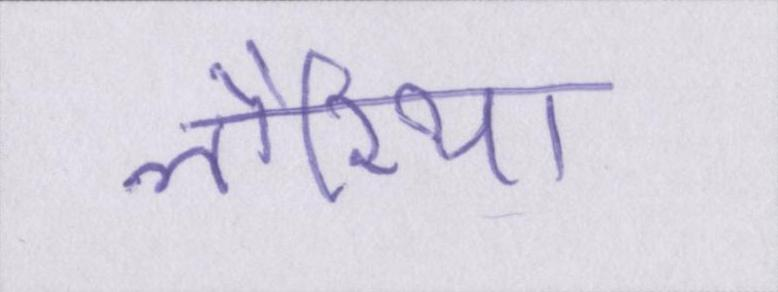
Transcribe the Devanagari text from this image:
लौरिया